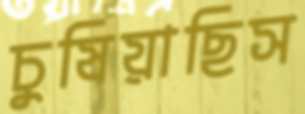
চুষিয়াছিস